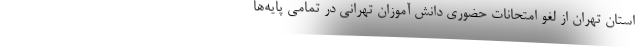
استان تهران از لغو امتحانات حضوری دانش آموزان تهرانی در تمامی پایه‌ها